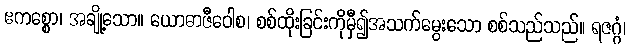
ဧကစ္စော၊ အချို့သော။ ယောဓာဇီဝေါစ၊ စစ်ထိုးခြင်းကိုမှီ၍အသက်မွေးသော စစ်သည်သည်။ ရဇဂ္ဂံ၊